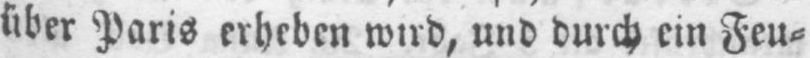
über Paris erheben wird, und durch ein Feu⸗